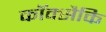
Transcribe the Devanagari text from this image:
कॉक्सैकि